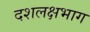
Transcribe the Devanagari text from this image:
दशलक्षभाग